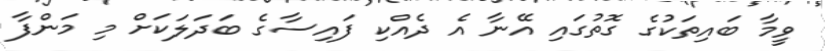
ވީމާ ބައިތަކުގެ ގޮތުގައި އޭނާ އެ ދެއްކި ފައިސާގެ ބަދަލަކަށް މި މަންފާ